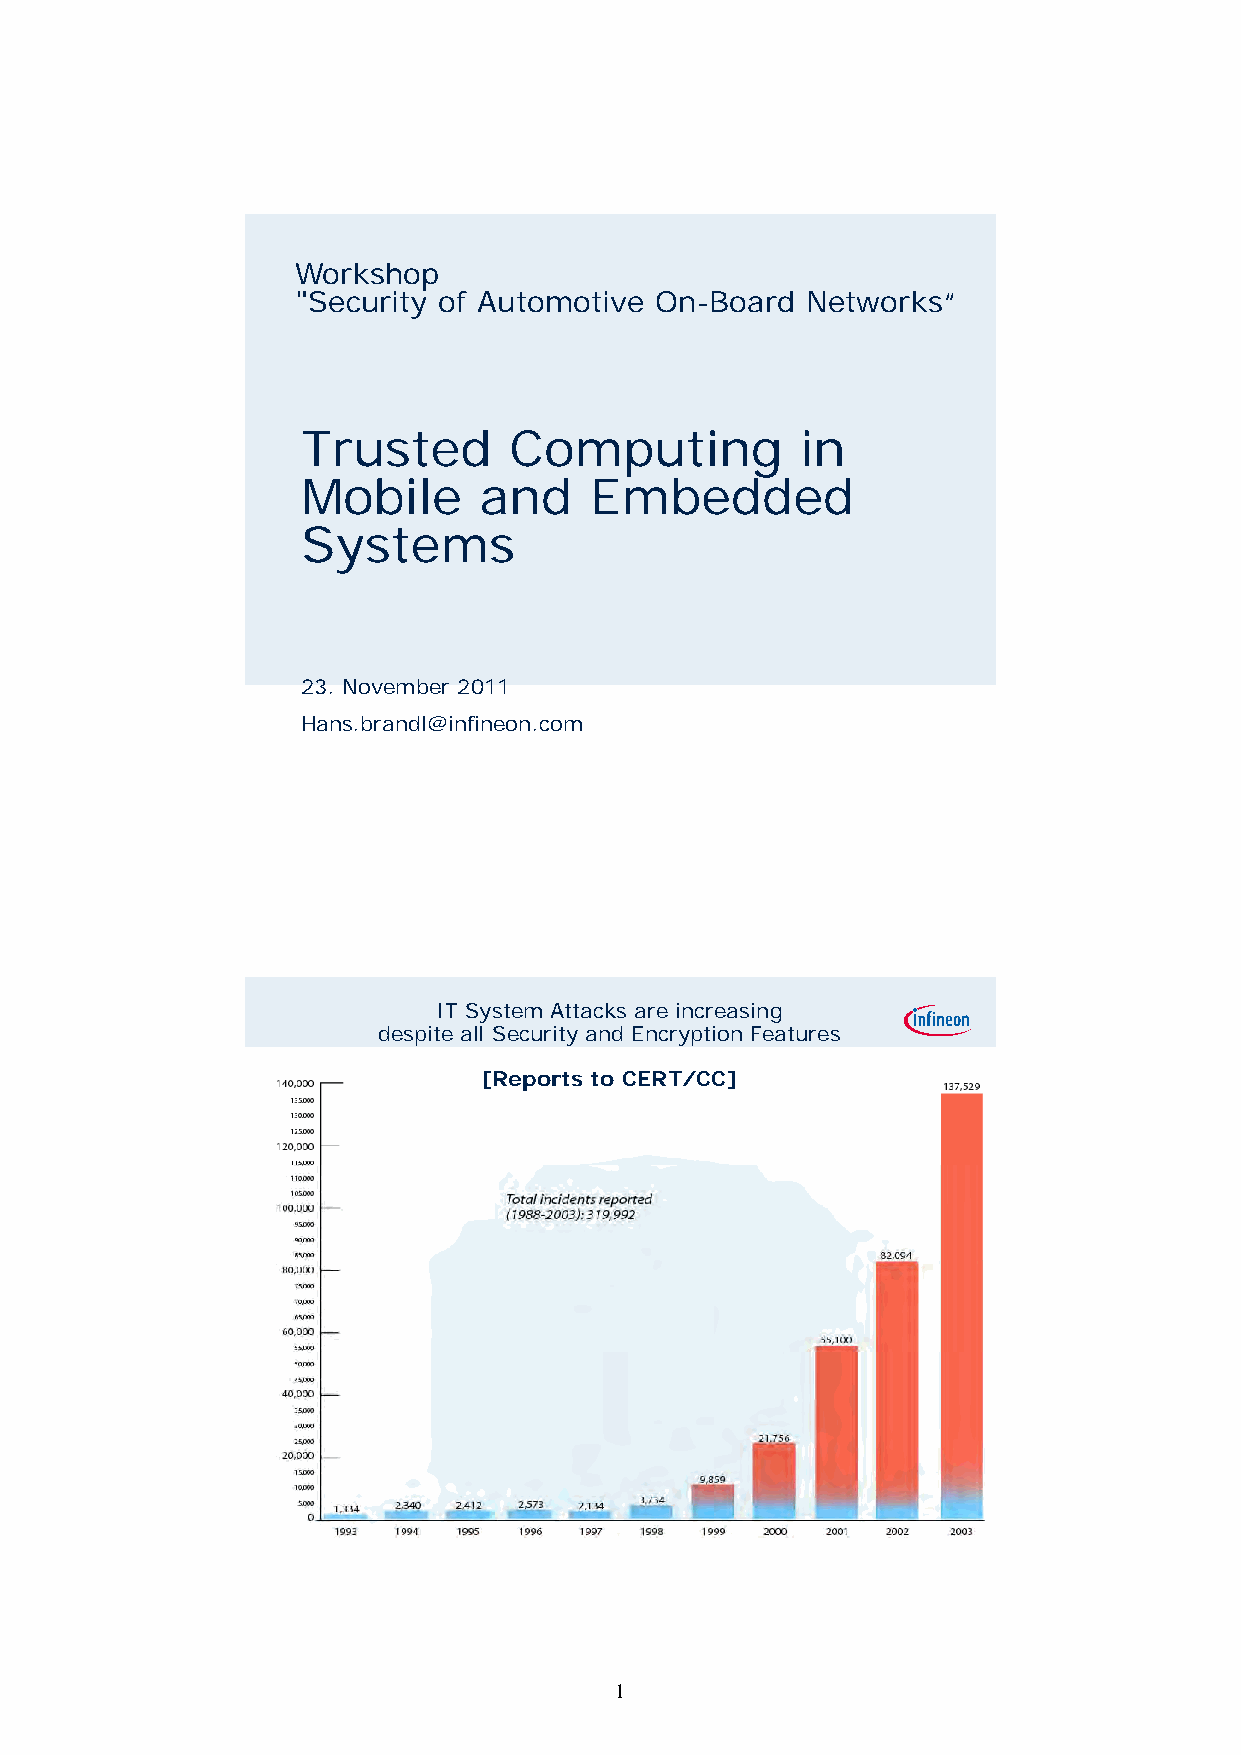
Workshop
 "Security of Automotive On-Board Networks“
 Trusted       Computing          in
 Mobile      and    Embedded
 Systems
 23. November 2011
 Hans.brandl@infineon.com
 IT System Attacks are increasing
 despite all Security and Encryption Features
 [Reports to CERT/CC]
 Page 2
 1